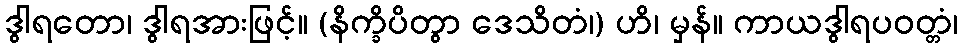
ဒွါရတော၊ ဒွါရအားဖြင့်။ (နိက္ခိပိတွာ ဒေသိတံ၊) ဟိ၊ မှန်။ ကာယဒွါရပဝတ္တံ၊